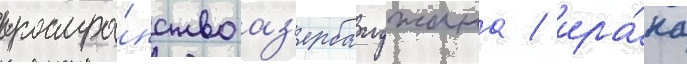
простра́нство аз'ербаиджана / ира́на